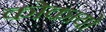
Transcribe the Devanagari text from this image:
कोकायो